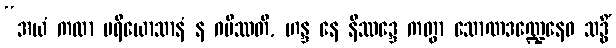
“အယံ ကထာ ပရိယောသာနံ န ဂမိဿတိ, ဟန္ဒ နေ နိဿဒ္ဒေ ကတွာ သောဏဒဏ္ဍေနေဝ သဒ္ဓိံ